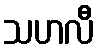
သဟလီ